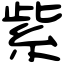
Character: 紫